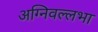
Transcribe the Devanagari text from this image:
अग्निवल्लभा